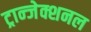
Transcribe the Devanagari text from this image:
ट्रान्जेक्शनल